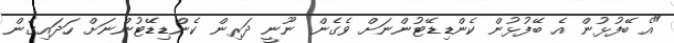
"އެ ބޭފުޅުން އެ ބޭފުޅުން ކެންޑިޑޭޓުންނަށް ވެގެން ނޫނީ ދަރިން ކެންޑިޑޭޓުންނަށް ހަދައިގެން